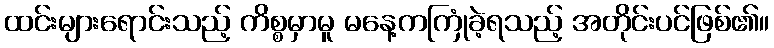
ထင်းများရောင်းသည့် ကိစ္စမှာမူ မနေ့ကကြုံခဲ့ရသည့် အတိုင်းပင်ဖြစ်၏။